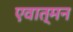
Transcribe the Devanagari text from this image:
एवात्मन